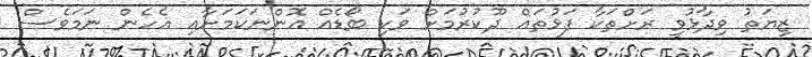
ޒިޔަތު ވިދާޅުވީ ރަށްތަކާ ފަޅުތައް ދޫކުރުމަށް ވަކި ބޯޑެއް އޮންނަކަމަށާއި އެހެން ނަމަވެސް